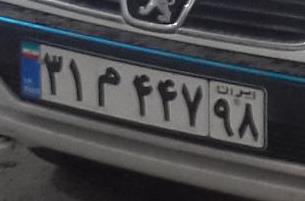
۳۱م۴۴۷۹۸